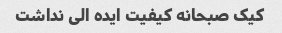
کیک صبحانه کیفیت ایده الی نداشت